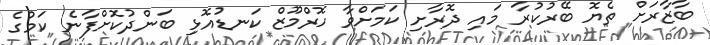
ބާޒާރަށް ތެޔޮ ބޭރުކުރާ މައި ދޮރާށި ކަމަށްވާ ހޮރްމޫޒް ކަނޑުއޮޅި ބަންދުކޮށްފާނެ ކަމުގެ